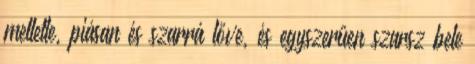
mellette, piásan és szarrá lőve, és egyszerűen szarsz bele